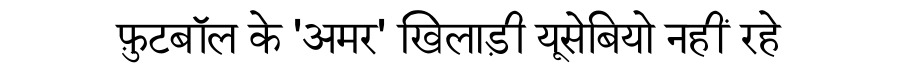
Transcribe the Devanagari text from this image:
फ़ुटबॉल के 'अमर' खिलाड़ी यूसेबियो नहीं रहे